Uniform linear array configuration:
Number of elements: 8
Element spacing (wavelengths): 0.5
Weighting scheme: cosine
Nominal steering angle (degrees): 60
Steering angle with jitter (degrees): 61.141
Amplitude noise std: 0.05
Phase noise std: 0.05

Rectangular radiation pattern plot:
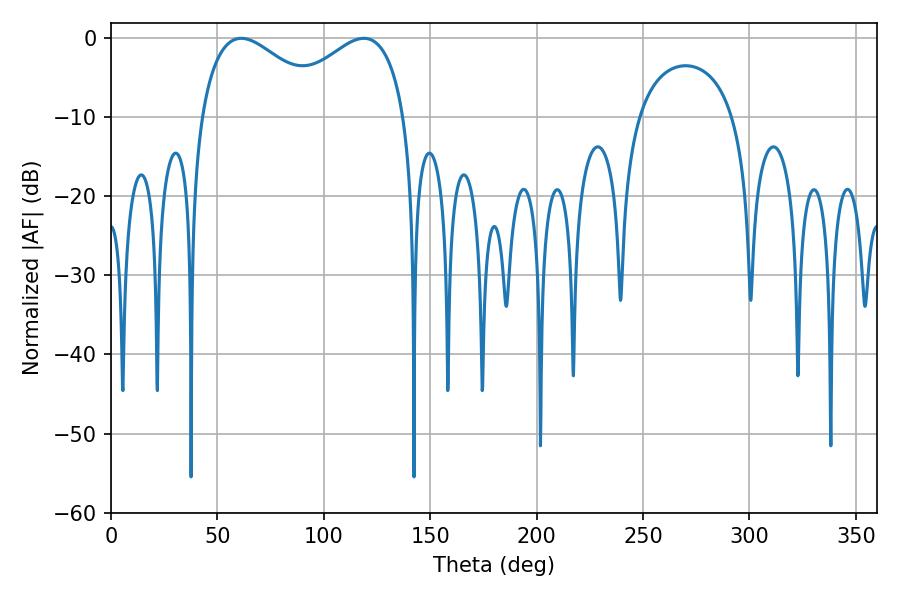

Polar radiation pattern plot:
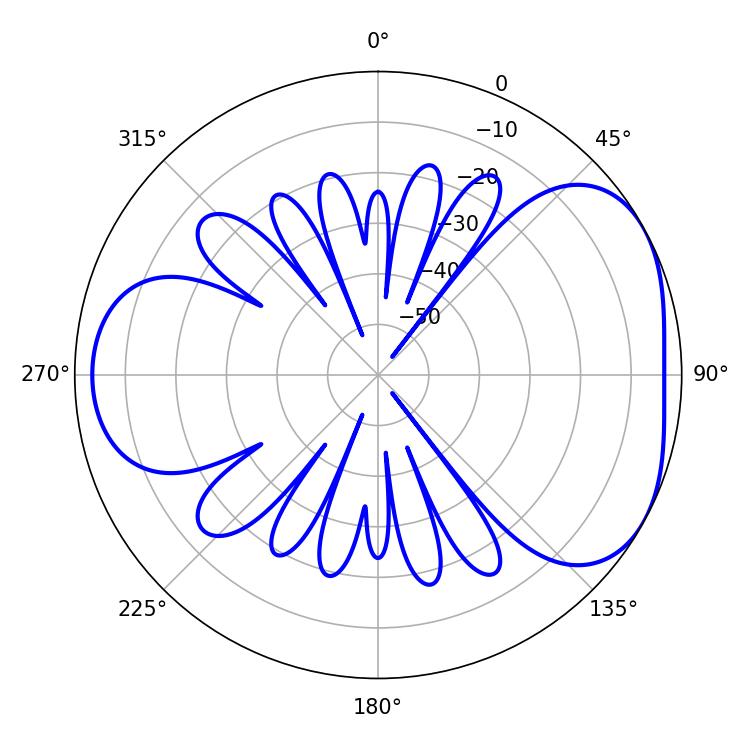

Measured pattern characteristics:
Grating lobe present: FALSE
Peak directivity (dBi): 4.366
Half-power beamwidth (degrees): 33.3
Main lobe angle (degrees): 61.2